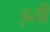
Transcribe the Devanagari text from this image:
इती